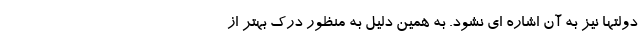
دولتها نیز به آن اشاره ای نشود. به همین دلیل به منظور درک بهتر از